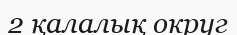
2 қалалық округ